Annual report on the Civil Veterinary Department, Burma (including the Insein Veterinary School) - 1923-1931
Year: 1923
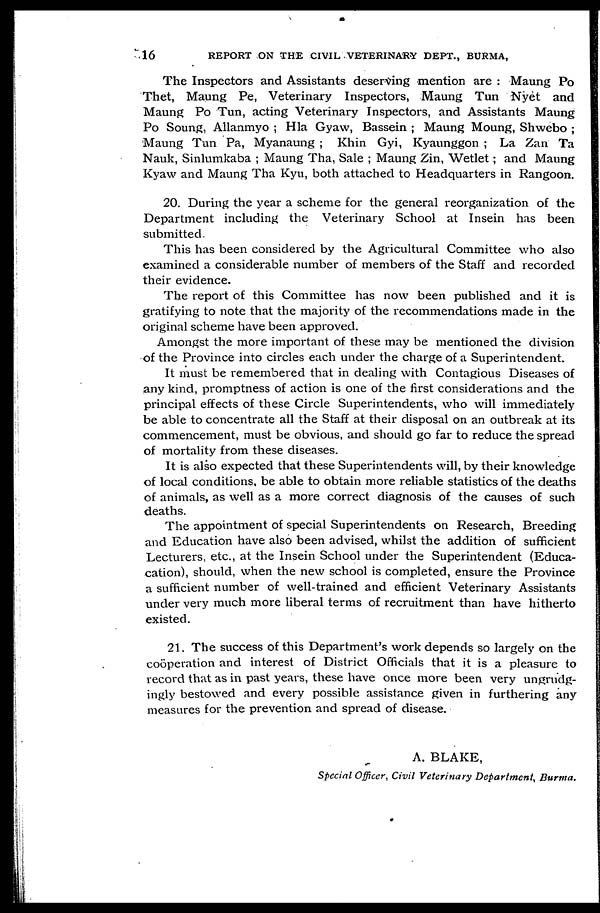
16
REPORT ON THE CIVIL VETERINARY DEPT., BURMA,
The Inspectors and Assistants deserving mention are : Maung Po
Thet, Maung Pe, Veterinary Inspectors, Maung Tun Nyet and
Maung Po Tun, acting Veterinary Inspectors, and Assistants Maung
Po Soung, Allanmyo ; Hla Gyaw, Bassein ; Maung Moung, Shwebo ;
Maung Tun Pa, Myanaung ; Khin Gyi, Kyaunggon ; La Zan Ta
Nauk, Sinlumkaba ; Maung Tha, Sale ; Maung Zin, Wetlet; and Maung
Kyaw and Maung Tha Kyu, both attached to Headquarters in Rangoon.
20. During the year a scheme for the general reorganization of the
Department including the Veterinary School at Insein has been
submitted.
This has been considered by the Agricultural Committee who also
examined a considerable number of members of the Staff and recorded
their evidence.
The report of this Committee has now been published and it is
gratifying to note that the majority of the recommendations made in the
original scheme have been approved.
Amongst the more important of these may be mentioned the division
of the Province into circles each under the charge of a Superintendent.
It must be remembered that in dealing with Contagious Diseases of
any kind, promptness of action is one of the first considerations and the
principal effects of these Circle Superintendents, who will immediately
be able to concentrate all the Staff at their disposal on an outbreak at its
commencement, must be obvious, and should go far to reduce the spread
of mortality from these diseases.
It is also expected that these Superintendents will, by their knowledge
of local conditions, be able to obtain more reliable statistics of the deaths
of animals, as well as a more correct diagnosis of the causes of such
deaths.
The appointment of special Superintendents on Research, Breeding
and Education have also been advised, whilst the addition of sufficient
Lecturers, etc., at the Insein School under the Superintendent (Educa-
cation), should, when the new school is completed, ensure the Province
a sufficient number of well-trained and efficient Veterinary Assistants
under very much more liberal terms of recruitment than have hitherto
existed.
21. The success of this Department's work depends so largely on the
cooperation and interest of District Officials that it is a pleasure to
record that as in past years, these have once more been very ungrudg-
ingly bestowed and every possible assistance given in furthering any
measures for the prevention and spread of disease.
A. BLAKE,
Special Officer, Civil Veterinary Department, Burma.